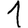
Digit: 1